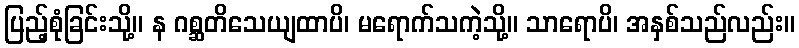
ပြည့်စုံခြင်းသို့။ န ဂစ္ဆတိသေယျထာပိ၊ မရောက်သကဲ့သို့။ သာရောပိ၊ အနှစ်သည်လည်း။